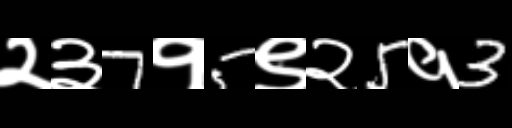
Text: २३7१5९२5१3